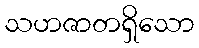
သဟဇာတရှိသော